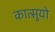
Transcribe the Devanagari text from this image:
कात्सुयो